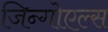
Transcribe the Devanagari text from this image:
जिन्गोएल्स